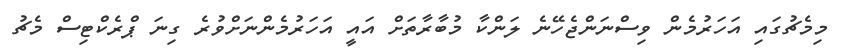
މިމެޗުގައި އަހަރުމެން ވިސްނަންޖެހޭނެ ލަންކާ މުބާރާތަށް އައީ އަހަރުމެންނަށްވުރެ ގިނަ ޕްރެކްޓިސް މެޗު